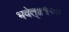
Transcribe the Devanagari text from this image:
भवेत्‌॥१०॥